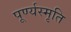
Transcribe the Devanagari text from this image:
पूर्ण्यस्मृति